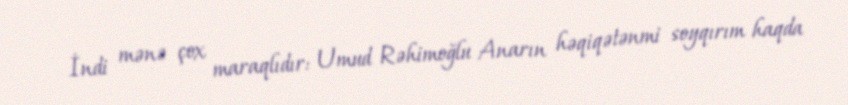
İndi mənə çox maraqlıdır: Umud Rəhimoğlu Anarın həqiqətənmi soyqırım haqda